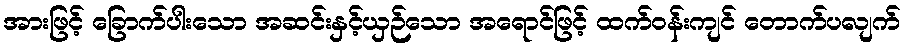
အားဖြင့် ခြောက်ပါးသော အဆင်းနှင့်ယှဉ်သော အရောင်ဖြင့် ထက်ဝန်းကျင် တောက်ပလျက်